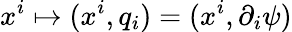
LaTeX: x^{i}\mapsto(x^{i},q_{i})=(x^{i},\partial_{i}\psi)